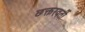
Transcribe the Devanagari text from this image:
छक्तरवर्ती